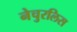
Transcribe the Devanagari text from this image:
नेचुरलिस